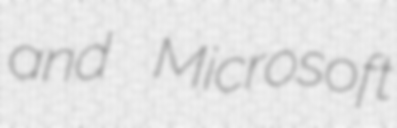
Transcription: and Microsoft